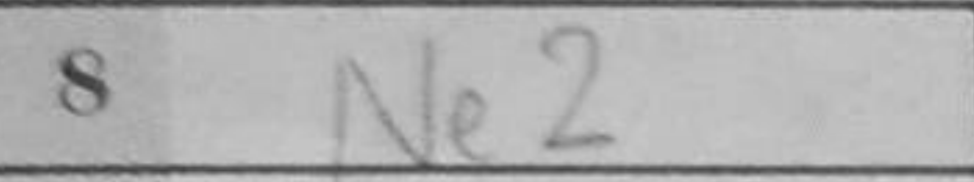
Transcription: Ne2